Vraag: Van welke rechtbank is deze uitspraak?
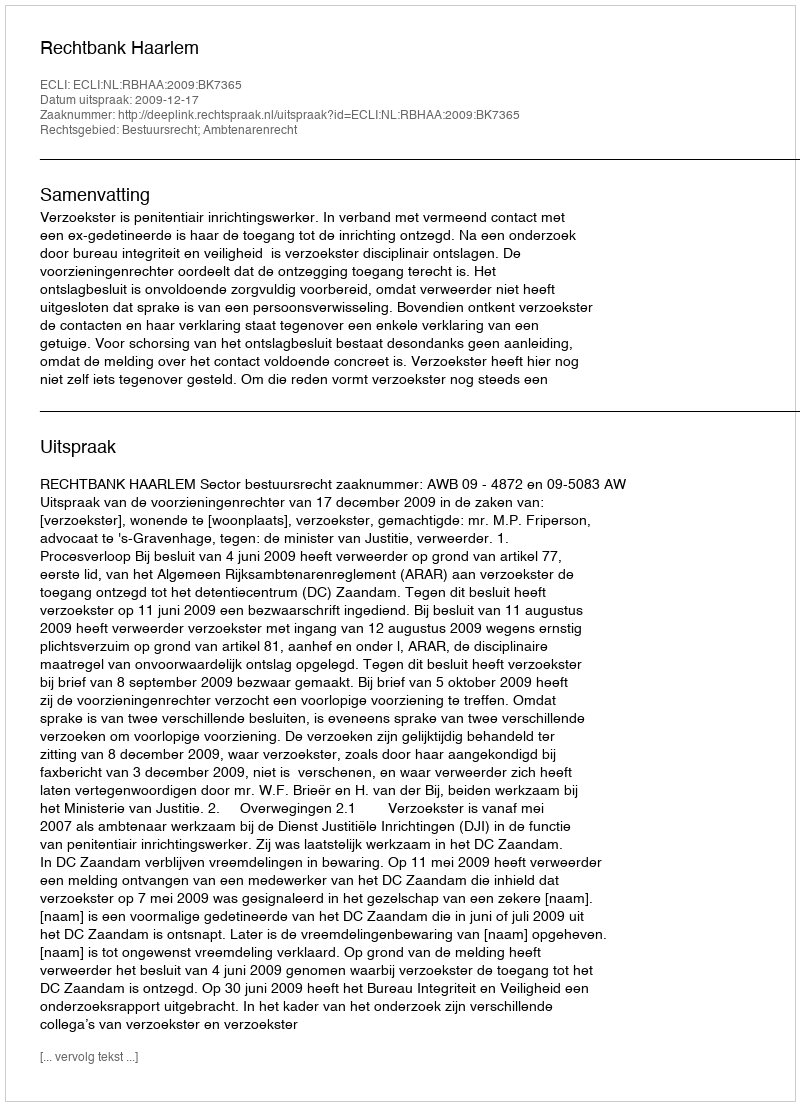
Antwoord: Rechtbank Haarlem